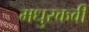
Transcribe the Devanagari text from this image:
मधुरकवी